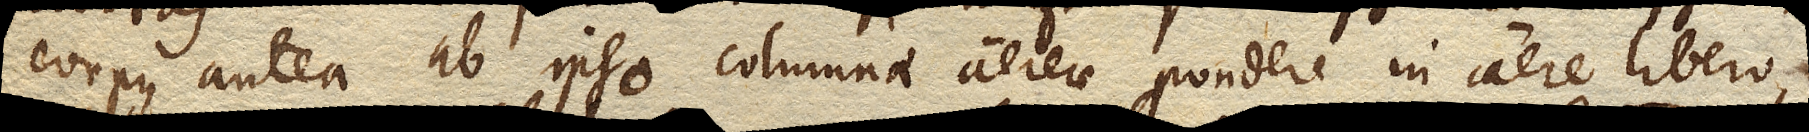
corpus antea ab ipso columnae aereae pondere in aere libero,